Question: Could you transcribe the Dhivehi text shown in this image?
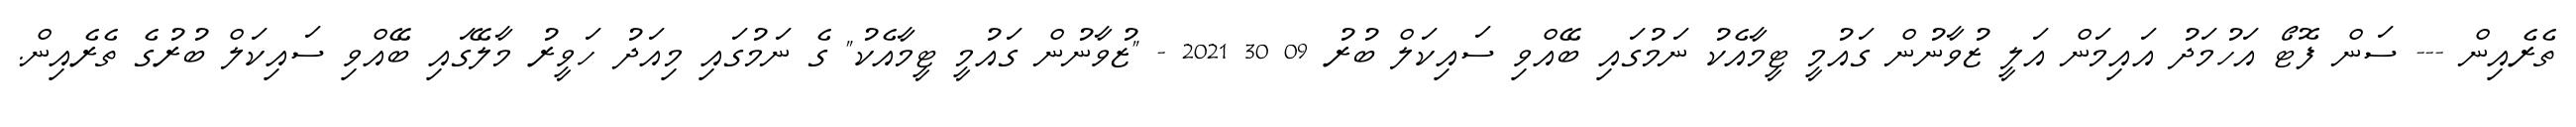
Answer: ތެރެއިން --- ސަން ފޮޓޯ އަހުމަދު އައިމަން އަލީ ޒުވާނުން ގައުމީ ޓީމާއެކު ނަމުގައި ބޭއްވި ސައިކަލް ބުރު 09 30 2021 - "ޒުވާނުން ގައުމީ ޓީމާއެކު" ގެ ނަމުގައި މިއަދު ހަވީރު މާލޭގައި ބޭއްވި ސައިކަލް ބުރުގެ ތެރެއިން.